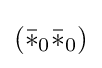
({\bar {*}}_{0}{\bar {*}}_{0})